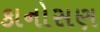
કાનોસણ